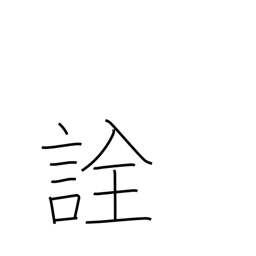
Meaning: selection